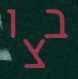
בצו